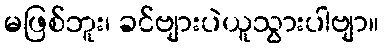
မဖြစ်ဘူး၊ ခင်ဗျားပဲယူသွားပါဗျာ။